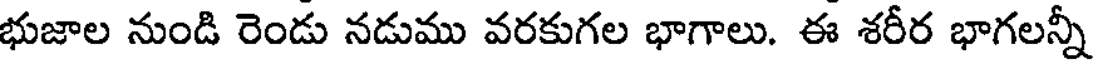
భుజాల నుండి రెండు నడుము వరకుగల భాగాలు. ఈ శరీర భాగలన్నీ